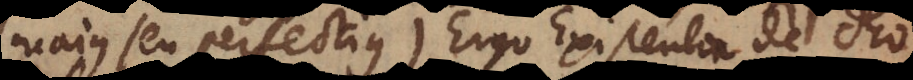
majus seu perfectius). Ergo Existentia de Deo